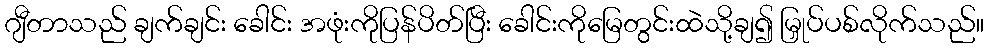
ဂျီတာသည် ချက်ချင်း ခေါင်း အဖုံးကိုပြန်ပိတ်ပြီး ခေါင်းကိုမြေတွင်းထဲသို့ချ၍ မြှုပ်ပစ်လိုက်သည်။